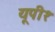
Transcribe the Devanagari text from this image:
यूपी१